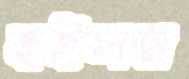
হইলদা